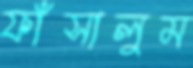
ফাঁসালুম